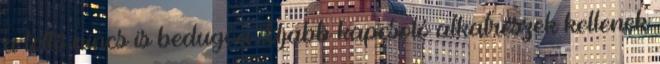
a töltő nincs is bedugva. Újabb kapcsoló alkatrészek kellenek